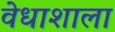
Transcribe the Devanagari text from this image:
वेधाशाला